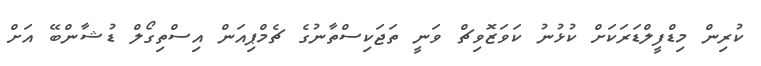
ކުރިން މިޑްފީލްޑަރަކަށް ކުޅުނު ކަވަޒޮވިޗް ވަނީ ތަޖަކިސްތާނުގެ ޗެމްޕިއަން އިސްތިގޯލް ޑުޝާންބޭ އަށް